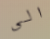
الى